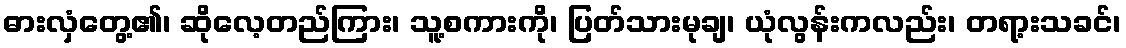
ဓားလှံတွေ့၏၊ ဆိုလေ့တည်ကြား၊ သူ့စကားကို၊ ပြတ်သားမုချ၊ ယုံလွန်းကလည်း၊ တရာ့းသခင်၊